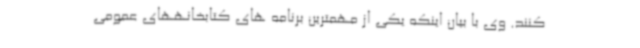
کنند. وی با بیان اینکه یکی از مهمترین برنامه های کتابخانههای عمومی